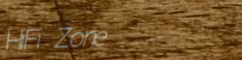
HiFi Zone